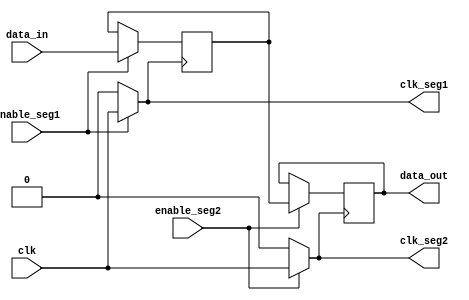
module memory_block_dynamic_clock_gating(
    input wire clk,               // Main clock signal
    input wire enable_seg1,       // Enable signal for segment 1
    input wire enable_seg2,       // Enable signal for segment 2
    input wire [7:0] data_in,     // Data input for memory write operations
    output wire [7:0] data_out,   // Data output for memory read operations
    output wire clk_seg1,         // Gated clock signal for segment 1
    output wire clk_seg2          // Gated clock signal for segment 2
);

// Clock gating logic for segment 1
assign clk_seg1 = (enable_seg1) ? clk : 1'b0;

// Clock gating logic for segment 2
assign clk_seg2 = (enable_seg2) ? clk : 1'b0;

// Memory storage
reg [7:0] memory_array [0:255]; // Example: 256 x 8-bit memory array

// Write operation
always @(posedge clk_seg1) begin
    // Assume we write to memory only when segment 1 is enabled
    if (enable_seg1) begin
        memory_array[0] <= data_in; // Simple write to address 0 for demonstration
    end
end

// Read operation
always @(posedge clk_seg2) begin
    // Assume we read from memory only when segment 2 is enabled
    if (enable_seg2) begin
        data_out <= memory_array[0]; // Simple read from address 0 for demonstration
    end
end

endmodule